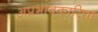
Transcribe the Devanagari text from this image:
अप्रभावकारिता